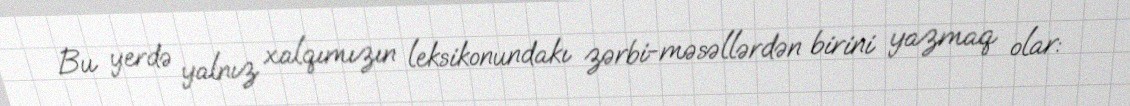
Bu yerdə yalnız xalqımızın leksikonundakı zərbi-məsəllərdən birini yazmaq olar: